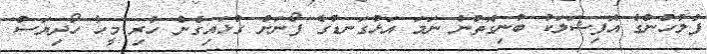
ފުލުހުންގެ އޮފިޝަލަކު ބުނިގޮތުން ނަމަ އަޅުގަނޑުގެ ފޯނަށް ގުޅައިގެން ހުރި މީހާ ހޯދިޔަސް